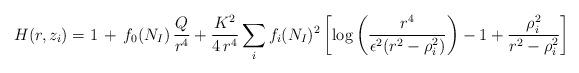
LaTeX: \begin{align*}H(r,z_i)= 1\,+\, f_0(N_I)\, \frac{Q}{r^4}+ \frac{K^2}{4\, r^4} \sum_if_i(N_I)^2 \left[ \log \left( \frac{r^4}{\epsilon^2(r^2-\rho^2_i)}\right) -1 + \frac{\rho^2_i}{r^2-\rho^2_i} \right]\end{align*}